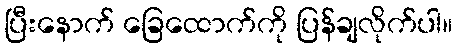
ပြီးနောက် ခြေထောက်ကို ပြန်ချလိုက်ပါ။